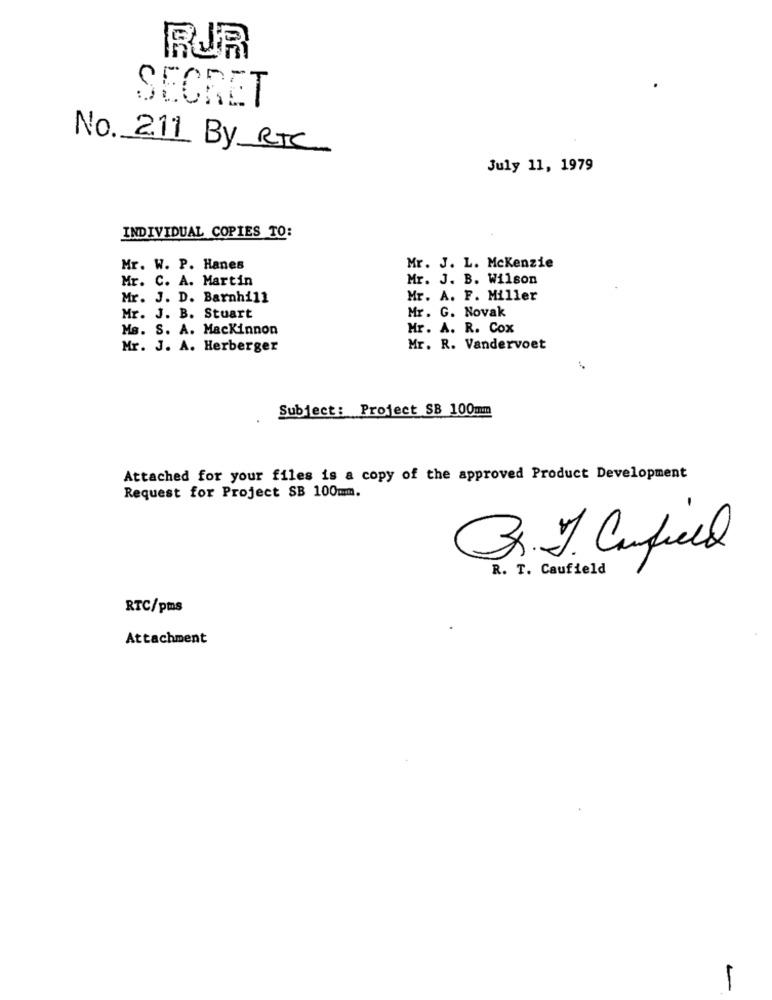
RUR
SECRET
No. 211 By RTC
July 11, 1979
INDIVIDUAL COPIES TO:
Mr. W. P. Hanes
Mr. J. L. Mckenzie
Mr. C. A. Martin
Mr. J. B. Wilson
Mr. J. D. Barnhill
Mr. A. F. Miller
Mr. J. B. Stuart
Mr. G. Novak
Ms. S. A. Mackinnon
Mr. A. R. Cox
Mr. J. A. Herberger
Mr. R. Vandervoet
Subject: Project SB 100mm
Attached for your files is a copy of the approved Product Development
Request for Project SB 100mm.
3. J. Canfield
R. T. Caufield
RTC/pms
Attachment